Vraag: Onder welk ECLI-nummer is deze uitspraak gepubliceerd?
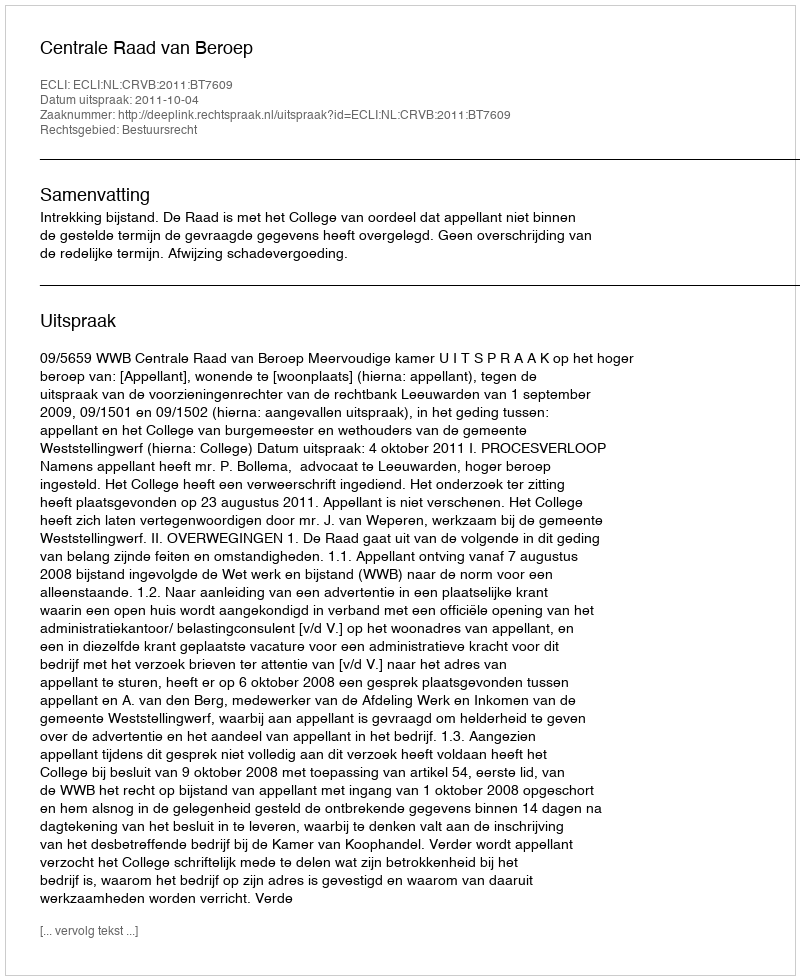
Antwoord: ECLI:NL:CRVB:2011:BT7609